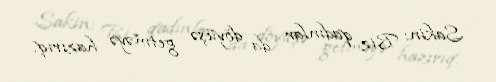
Sakin: Biz qadınlar da döyüşə getməyə hazırıq.